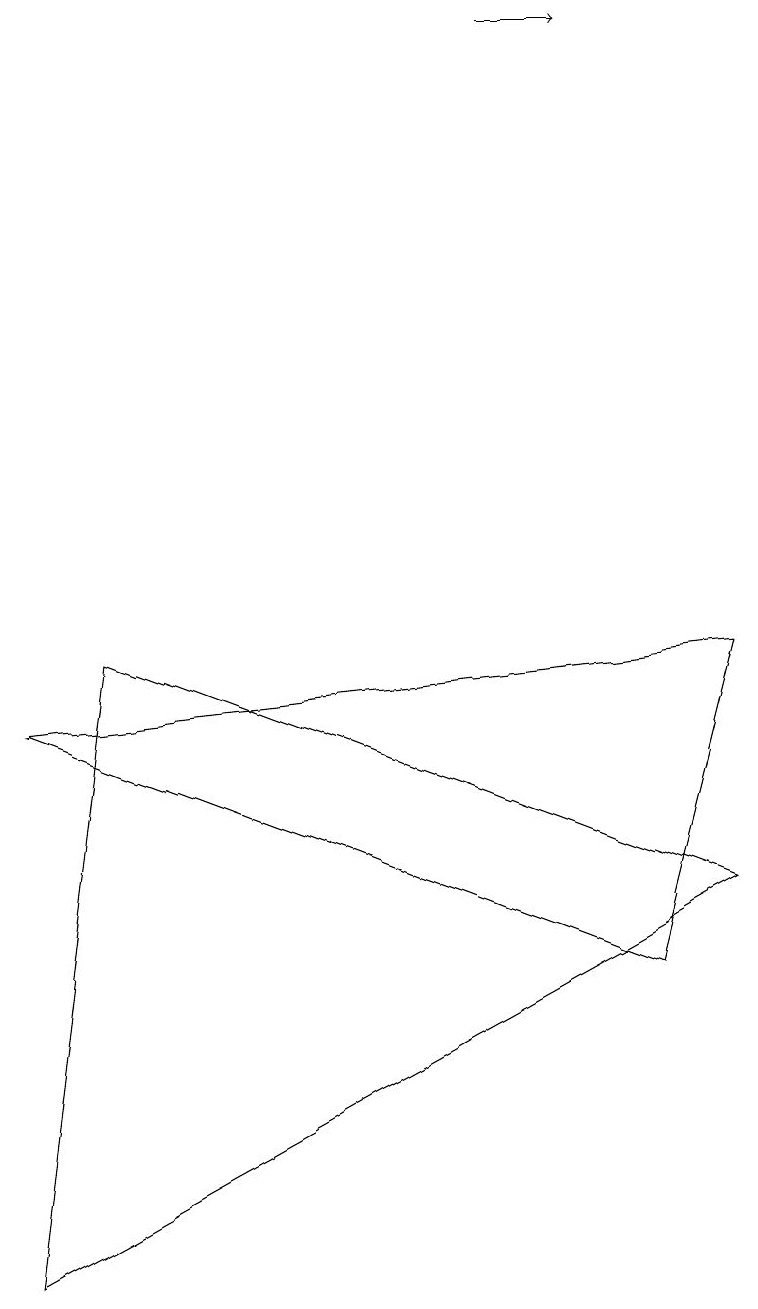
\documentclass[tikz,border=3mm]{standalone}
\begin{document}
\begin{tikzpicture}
\draw (0,0) -- (9,5) -- (1,8) -- cycle;
\draw (9,8) -- (0,7) -- (8,4) -- cycle;
\draw[->] (6,16) -- (7,16);
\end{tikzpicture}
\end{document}